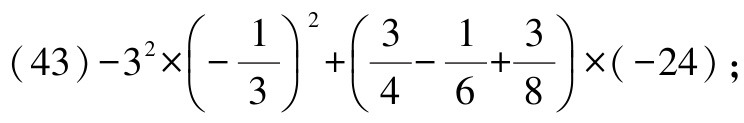
\((43)-3^{2}\times\left(-\frac{1}{3}\right)^{2}+\left(\frac{3}{4}-\frac{1}{6}+\frac{3}{8}\right)\times(-24);\)